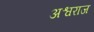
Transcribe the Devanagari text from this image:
अश्वराज